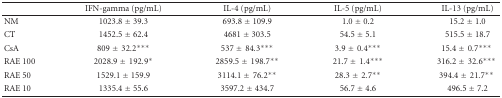
<table><thead><tr><td></td><td><b>IFN-gamma (pg/mL) </b></td><td><b>IL-4 (pg/mL)</b></td><td><b>IL-5 (pg/mL)</b></td><td><b>IL-13 (pg/mL)</b></td></tr></thead><tbody><tr><td>NM</td><td>1023.8 ± 39.3</td><td>693.8 ± 109.9</td><td>1.0 ± 0.2</td><td>15.2 ± 1.0</td></tr><tr><td>CT</td><td>1452.5 ± 62.4</td><td>4681 ± 303.5</td><td>54.5 ± 5.1</td><td>515.5 ± 18.7</td></tr><tr><td>CsA</td><td>809 ± 32.2<sup>***</sup></td><td>537 ± 84.3<sup>***</sup></td><td>3.9 ± 0.4<sup>***</sup></td><td>15.4 ± 0.7<sup>***</sup></td></tr><tr><td>RAE 100 </td><td>2028.9 ± 192.9<sup>*</sup></td><td>2859.5 ± 198.7<sup>**</sup></td><td>21.7 ± 1.4<sup>***</sup></td><td>316.2 ± 32.6<sup>***</sup></td></tr><tr><td>RAE 50</td><td>1529.1 ± 159.9</td><td>3114.1 ± 76.2<sup>**</sup></td><td>28.3 ± 2.7<sup>**</sup></td><td>394.4 ± 21.7<sup>**</sup></td></tr><tr><td>RAE 10</td><td>1335.4 ± 55.6</td><td>3597.2 ± 434.7</td><td>56.7 ± 4.6</td><td>496.5 ± 7.2</td></tr></tbody></table>